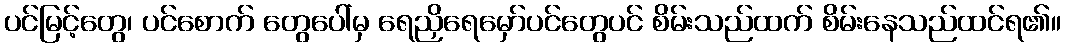
ပင်မြင့်တွေ၊ ပင်စောက် တွေပေါ်မှ ရေညှိရေမှော်ပင်တွေပင် စိမ်းသည်ထက် စိမ်းနေသည်ထင်ရ၏။